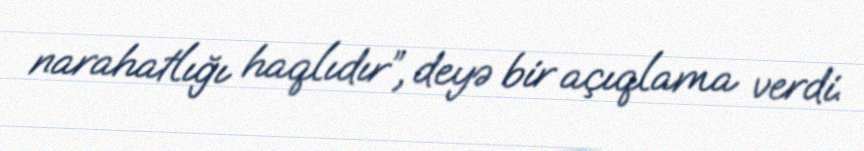
narahatlığı haqlıdır”, deyə bir açıqlama verdi.